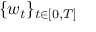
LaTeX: \{ w _ { t } \} _ { t \in [ 0 , T ] }